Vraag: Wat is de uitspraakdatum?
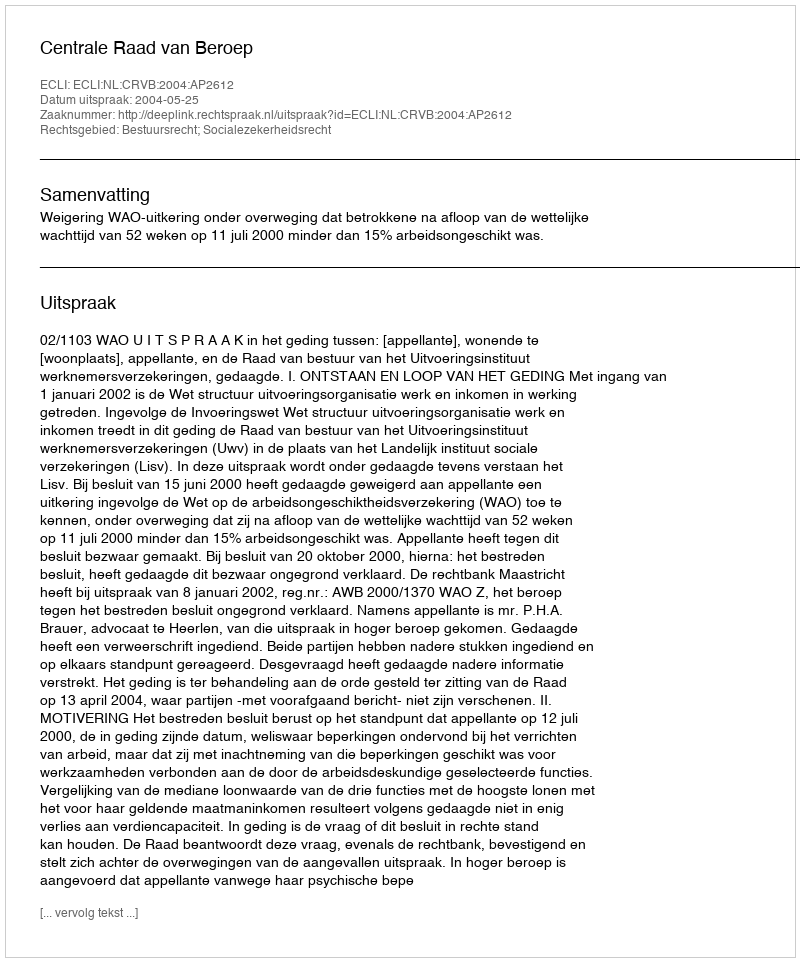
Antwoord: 2004-05-25